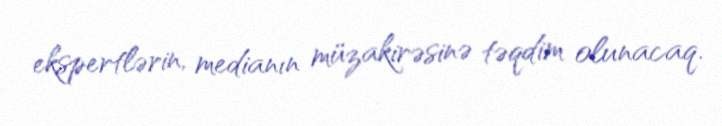
ekspertlərin, medianın müzakirəsinə təqdim olunacaq.